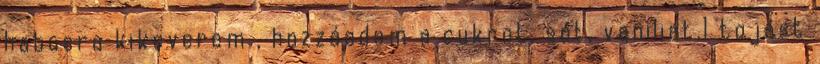
habosra kikeverem , hozzáadom a cukrot, sót, vaniliát,1 tojást